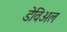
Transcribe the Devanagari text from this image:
डेविअल